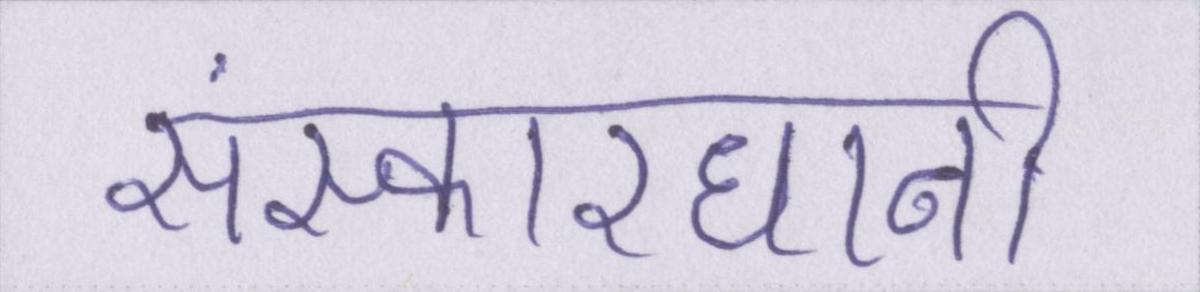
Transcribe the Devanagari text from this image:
संस्कारधानी